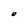
Character: O